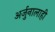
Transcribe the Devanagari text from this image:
अर्जुनालाही